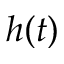
h ( t )